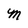
Character: M